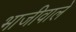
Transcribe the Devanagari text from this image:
भाजीवाले